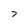
Character: 7